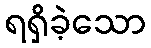
ရရှိခဲ့သော